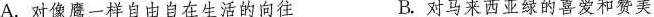
A.对像鹰一样自由自在生活的向往 B.对马来西亚绿的喜爱和赞美